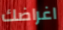
اغراضك